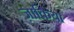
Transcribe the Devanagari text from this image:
ज़ाकिया